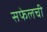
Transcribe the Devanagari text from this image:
सफेलची